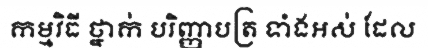
កម្មវិធី ថ្នាក់ បរិញ្ញាបត្រ ទាំងអស់ ដែល